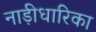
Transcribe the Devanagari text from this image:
नाड़ीधारिका